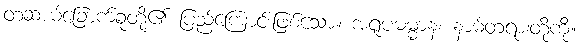
တဆယ့်ခြောက်ခုတို့၏ ပြည့်ကြောင်းဖြစ်သော။ အရူပဓမ္မာနံ၊ နာမ်တရားတို့ကို။